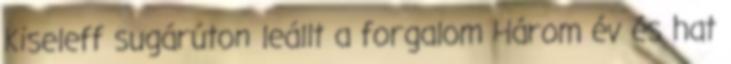
Kiseleff sugárúton leállt a forgalom Három év és hat